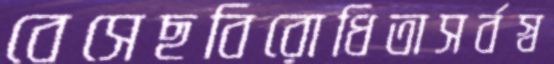
বেসেছবিরোধিতাসর্বস্ব